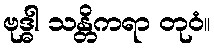
ဗုဒ္ဓါ သန္တိကရာ တုဝံ။